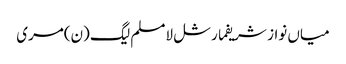
میاں نواز شریفمارشل لامسلم لیگ (ن)مری